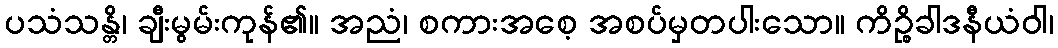
ပသံသန္တိ၊ ချီးမွမ်းကုန်၏။ အညံ၊ စကားအစေ့ အစပ်မှတပါးသော။ ကိဉ္စိခါဒနီယံဝါ၊